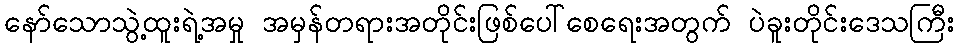
နော်သောသွဲ့ထူးရဲ့အမှု အမှန်တရားအတိုင်းဖြစ်ပေါ်စေရေးအတွက် ပဲခူးတိုင်းဒေသကြီး